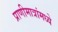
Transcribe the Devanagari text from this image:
प्राणीमात्रांमध्ये